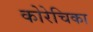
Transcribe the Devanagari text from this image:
कोरेचिका